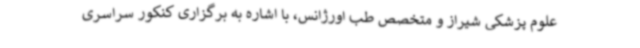
علوم پزشکی شیراز و متخصص طب اورژانس، با اشاره به برگزاری کنکور سراسری